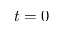
t = 0